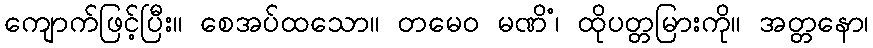
ကျောက်ဖြင့်ပြီး။ စေအပ်ထသော။ တမေဝ မဏိံ၊ ထိုပတ္တမြားကို။ အတ္တနော၊